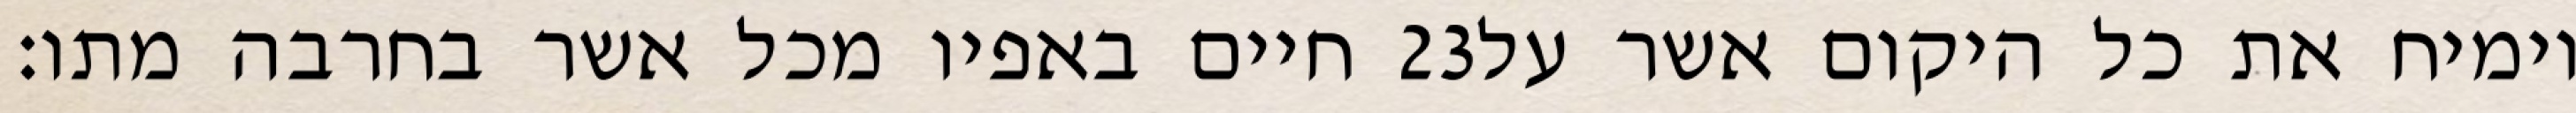
חיים באפיו מכל אשר בחרבה מתו׃ ‎23‏ וימיח את כל היקום אשר על